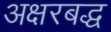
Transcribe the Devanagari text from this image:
अक्षरबद्ध